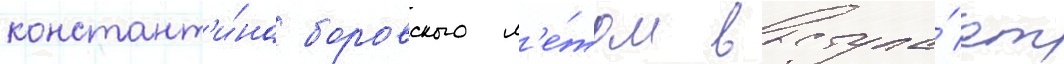
констант'и́на боровского л'е́том выступа́ет